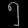
Digit: ၅